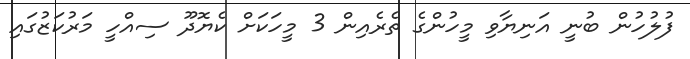
ފުލުހުން ބުނީ އަނިޔާވި މީހުންގެ ތެރެއިން 3 މީހަކަށް ކެޔޮދޫ ސިއްހީ މަރުކަޒުގައި